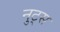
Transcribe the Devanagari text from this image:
नुट्स